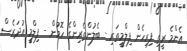
އެންމެ ރީތި ފިރިހެން ފިލްމީތަރި - ބެލުންތެރިންގެ ހޮވުން - ފިލްމީ އުދަރެސް